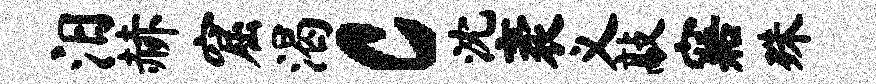
汨赫窟渴c沈袤义敲寤殊